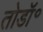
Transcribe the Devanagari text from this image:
तोडॉ॰